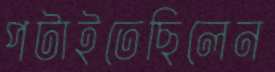
পটাইতেছিলেন